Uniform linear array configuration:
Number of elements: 32
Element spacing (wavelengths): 0.5
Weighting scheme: uniform
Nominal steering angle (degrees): -15
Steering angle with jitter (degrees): -15.921
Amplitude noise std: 0.05
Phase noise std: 0.05

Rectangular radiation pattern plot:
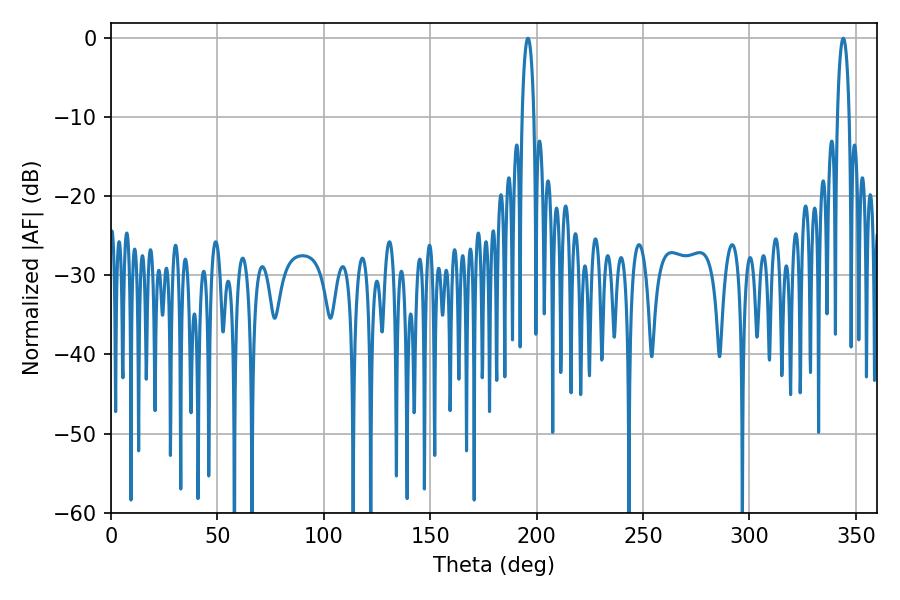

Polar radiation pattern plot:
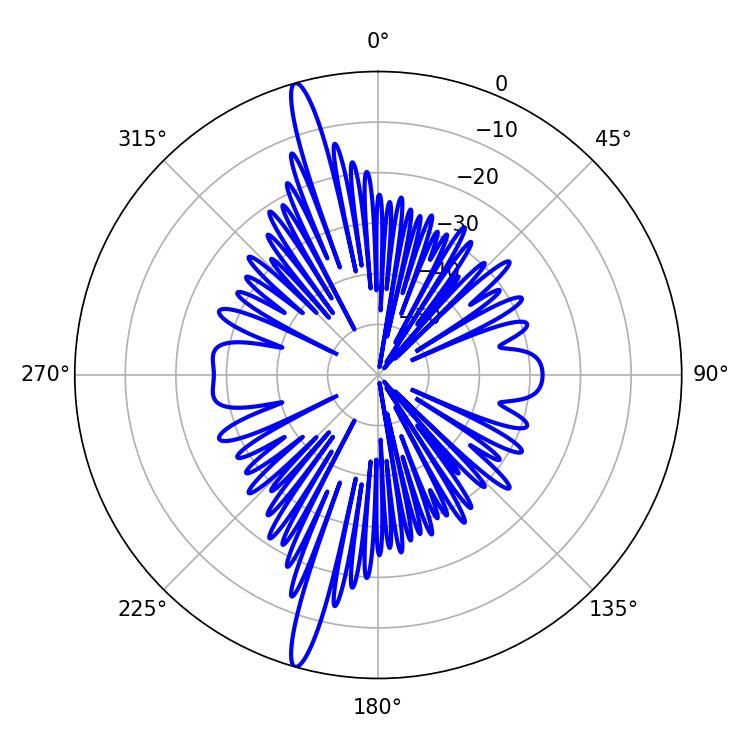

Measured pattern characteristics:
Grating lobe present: FALSE
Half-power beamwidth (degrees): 3.06
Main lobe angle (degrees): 195.84